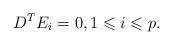
LaTeX: \begin{align*}D^TE_i=0, 1\leqslant i\leqslant p.\end{align*}